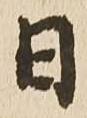
日